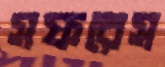
সফরেস